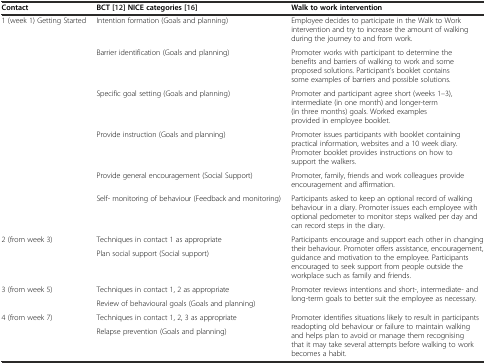
| Contact | BCT[12] NICE categories[16] | Walk to work intervention |
 | --- | --- | --- |
 | <ROWSPAN=6> 1 (week 1) Getting Started | Intention formation (Goals and planning) | Employee decides to participate in the Walk to Work intervention and try to increase the amount of walking during the journey to and from work. |
 | Barrier identification (Goals and planning) | Promoter works with participant to determine the benefits and barriers of walking to work and some proposed solutions. Participant’s booklet contains some examples of barriers and possible solutions. |
 | Specific goal setting (Goals and planning) | Promoter and participant agree short (weeks 1–3), intermediate (in one month) and longer-term (in three months) goals. Worked examples provided in employee booklet. |
 | Provide instruction (Goals and planning) | Promoter issues participants with booklet containing practical information, websites and a 10 week diary. Promoter booklet provides instructions on how to support the walkers. |
 | Provide general encouragement (Social Support) | Promoter, family, friends and work colleagues provide encouragement and affirmation. |
 | Self- monitoring of behaviour (Feedback and monitoring) | Participants asked to keep an optional record of walking behaviour in a diary. Promoter issues each employee with optional pedometer to monitor steps walked per day and can record steps in the diary. |
 | <ROWSPAN=2> 2 (from week 3) | Techniques in contact 1 as appropriate | <ROWSPAN=2> Participants encourage and support each other in changing their behaviour. Promoter offers assistance, encouragement, guidance and motivation to the employee. Participants encouraged to seek support from people outside the workplace such as family and friends. |
 | Plan social support (Social support) |
 | <ROWSPAN=2> 3 (from week 5) | Techniques in contact 1, 2 as appropriate | <ROWSPAN=2> Promoter reviews intentions and short-, intermediate- and long-term goals to better suit the employee as necessary. |
 | Review of behavioural goals (Goals and planning) |
 | 4 (from week 7) | Techniques in contact 1, 2, 3 as appropriate | Promoter identifies situations likely to result in participants readopting old behaviour or failure to maintain walking and helps plan to avoid or manage them recognising that it may take several attempts before walking to work becomes a habit. |
 |  | Relapse prevention (Goals and planning) |  |